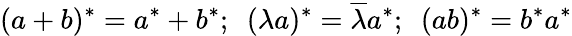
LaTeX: (a+b)^{*}=a^{*}+b^{*};~~(\lambda a)^{*}=\overline{{{\lambda}}}a^{*};~~(ab)^{*}=b^{*}a^{*}